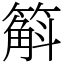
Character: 䈸